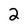
Character: 2